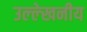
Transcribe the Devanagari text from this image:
उल्‍ल्‍ेखनीय